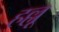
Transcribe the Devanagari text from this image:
हल्लू